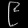
Digit: ၉